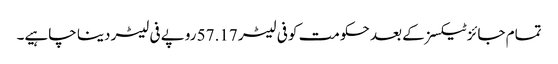
تمام جائز ٹیکسز کے بعد حکومت کو فی لیٹر 57.17 روپے فی لیٹر دینا چاہیے۔